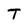
Character: T